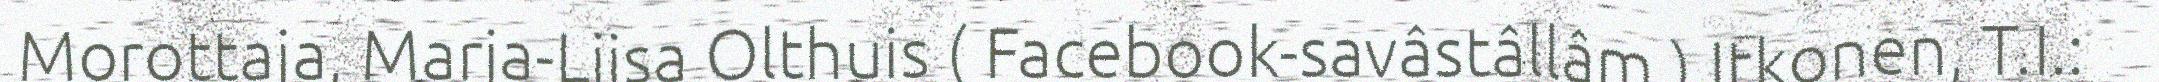
Morottaja, Marja-Liisa Olthuis ( Facebook-savâstâllâm ) Itkonen, T.I.: